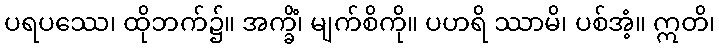
ပရပဿေ၊ ထိုဘက်၌။ အက္ခိံ၊ မျက်စိကို။ ပဟရိ ဿာမိ၊ ပစ်အံ့။ ဣတိ၊